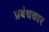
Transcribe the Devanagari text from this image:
प्रबंधकार